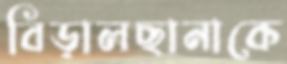
বিড়ালছানাকে